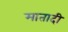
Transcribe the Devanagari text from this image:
मातादी